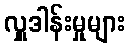
လှူဒါန်းမှုများ